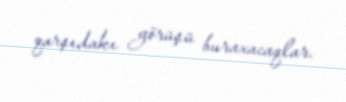
qarşıdakı görüşü buraxacaqlar.